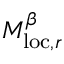
M _ { \mathrm { l o c } , r } ^ { \beta }